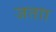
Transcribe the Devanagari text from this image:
जताा